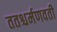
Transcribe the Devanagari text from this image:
ततश्चर्मणवती